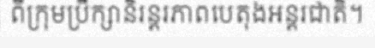
ពីក្រុមប្រឹក្សានិរន្តរភាពបេតុងអន្តរជាតិ។